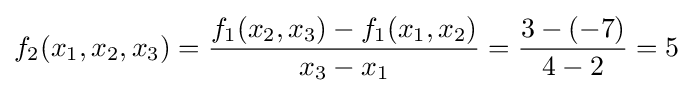
f_{2}(x_{1},x_{2},x_{3})={\frac {f_{1}(x_{2},x_{3})-f_{1}(x_{1},x_{2})}{x_{3}-x_{1}}}={\frac {3-(-7)}{4-2}}=5